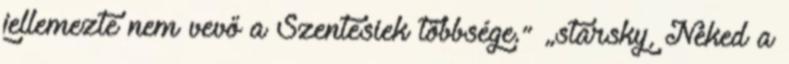
jellemezte nem vevő a Szentesiek többsége.” „starsky, Neked a